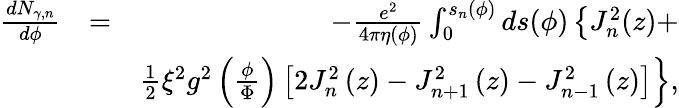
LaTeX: \begin{array}{rlr}{\frac{dN_{\gamma,n}}{d\phi}}&{=}&{-\frac{e^{2}}{4\pi\eta(\phi)}\int_{0}^{s_{n}(\phi)}ds(\phi)\left\{ J_{n}^{2}(z)+\right.}\\ &{}&{\left.\frac{1}{2}\xi^{2}g^{2}\left(\frac{\phi}{\Phi}\right)\left[2J_{n}^{2}\left(z\right)-J_{n+1}^{2}\left(z\right)-J_{n-1}^{2}\left(z\right)\right]\right\} ,}\end{array}